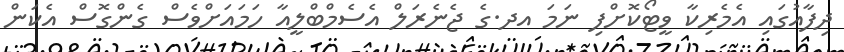
ދިފާއުގައި އެމެރިކާ ވީޓޯކޮށްފި ނަމަ އދ.ގެ ޖެނެރަލް އެސެމްބްލީއާ ހަމައަށްވެސް ގެންގޮސް އެކަން